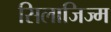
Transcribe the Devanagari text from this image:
सिलाजिज्म